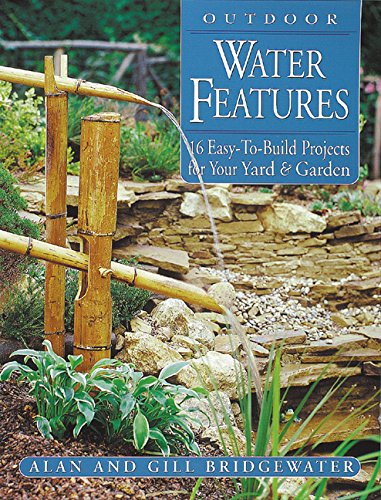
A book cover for Outdoor Water Features: 16 Easy-to-Build Projects For Your Yard and Garden; Alan Bridgewater; Crafts, Hobbies & Home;